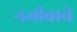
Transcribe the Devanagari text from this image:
नजीबाचे